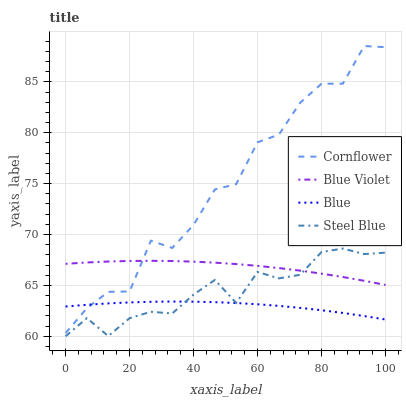
| xaxis_label | Cornflower | Blue Violet | Blue | Steel Blue |
 | --- | --- | --- | --- | --- |
 | 0 | 60.3 | 67.1 | 62.9 | 60 |
 | 6.67 | 62.8 | 67.3 | 63.1 | 61.8 |
 | 13.3 | 64.4 | 67.3 | 63.2 | 60 |
 | 20 | 64.4 | 67.4 | 63.3 | 61.8 |
 | 26.7 | 69.4 | 67.4 | 63.4 | 62.4 |
 | 33.3 | 68.7 | 67.4 | 63.4 | 62.2 |
 | 40 | 70.9 | 67.3 | 63.4 | 64.1 |
 | 46.7 | 74.4 | 67.2 | 63.4 | 65.5 |
 | 53.3 | 74.9 | 67.1 | 63.3 | 63.3 |
 | 60 | 79.1 | 66.9 | 63.1 | 66.3 |
 | 66.7 | 79.8 | 66.7 | 63 | 65.7 |
 | 73.3 | 83 | 66.4 | 62.8 | 66 |
 | 80 | 84.8 | 66.2 | 62.6 | 68.3 |
 | 86.7 | 84.8 | 65.8 | 62.3 | 68.6 |
 | 93.3 | 88.5 | 65.5 | 62 | 68.1 |
 | 100 | 88.4 | 65 | 61.6 | 68.2 |